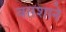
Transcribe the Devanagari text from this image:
वारशाने